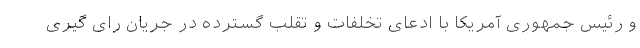
و رئیس جمهوری آمریکا با ادعای تخلفات و تقلب گسترده در جریان رای گیری